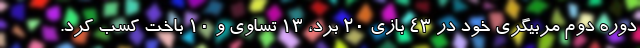
دوره دوم مربیگری خود در 43 بازی 20 برد، 13 تساوی و 10 باخت کسب کرد.